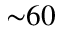
{ \sim } 6 0